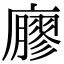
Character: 廫